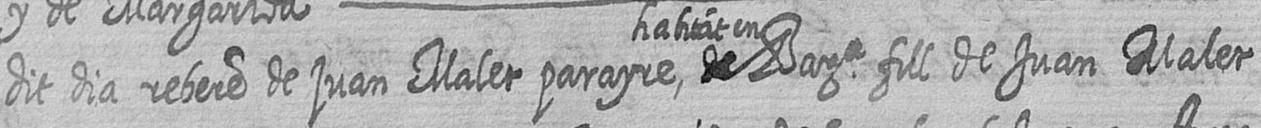
dit dia rebere de juan Malet parayre habitat en # Bara fill de Juan Malet